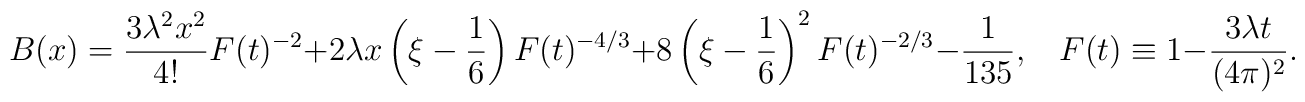
B(x) = \frac{3\lambda^2x^2}{4!} F(t)^{-2} + 2\lambda x \left(\xi - \frac{1}{6} \right) F(t)^{-4/3}+ 8 \left( \xi - \frac{1}{6} \right)^2 F(t)^{-2/3} - \frac{1}{135},\ \ \ \ F(t) \equiv 1- \frac{3\lambda t}{(4\pi)^2}.